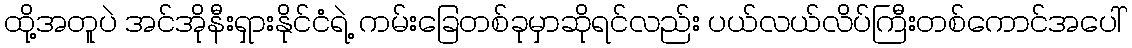
ထို့အတူပဲ အင်အိုနီးရှားနိုင်ငံရဲ့ ကမ်းခြေတစ်ခုမှာဆိုရင်လည်း ပယ်လယ်လိပ်ကြီးတစ်ကောင်အပေါ်